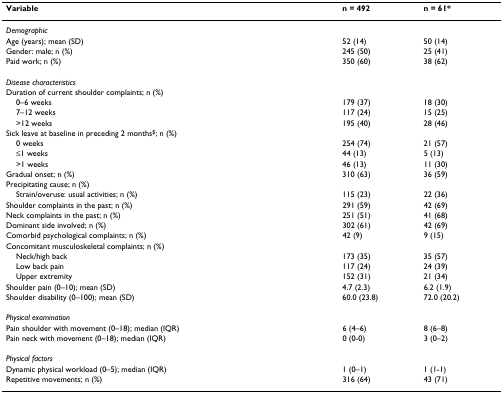
| Variable | n = 492 | n = 61* |
 | --- | --- | --- |
 | Demographic |  |  |
 | Age (years); mean (SD) | 52 (14) | 50 (14) |
 | Gender: male; n (%) | 245 (50) | 25 (41) |
 | Paid work; n (%) | 350 (60) | 38 (62) |
 | Disease characteristics |  |  |
 | Duration of current shoulder complaints; n (%) |  |  |
 | 0–6 weeks | 179 (37) | 18 (30) |
 | 7–12 weeks | 117 (24) | 15 (25) |
 | >12 weeks | 195 (40) | 28 (46) |
 | Sick leave at baseline in preceding 2 months$; n (%) |  |  |
 | 0 weeks | 254 (74) | 21 (57) |
 | ≤1 weeks | 44 (13) | 5 (13) |
 | >1 weeks | 46 (13) | 11 (30) |
 | Gradual onset; n (%) | 310 (63) | 36 (59) |
 | Precipitating cause; n (%) |  |  |
 | Strain/overuse: usual activities; n (%) | 115 (23) | 22 (36) |
 | Shoulder complaints in the past; n (%) | 291 (59) | 42 (69) |
 | Neck complaints in the past; n (%) | 251 (51) | 41 (68) |
 | Dominant side involved; n (%) | 302 (61) | 42 (69) |
 | Comorbid psychological complaints; n (%) | 42 (9) | 9 (15) |
 | Concomitant musculoskeletal complaints; n (%) |  |  |
 | Neck/high back | 173 (35) | 35 (57) |
 | Low back pain | 117 (24) | 24 (39) |
 | Upper extremity | 152 (31) | 21 (34) |
 | Shoulder pain (0–10); mean (SD) | 4.7 (2.3) | 6.2 (1.9) |
 | Shoulder disability (0–100); mean (SD) | 60.0 (23.8) | 72.0 (20.2) |
 | Physical examination |  |  |
 | Pain shoulder with movement (0–18); median (IQR) | 6 (4–6) | 8 (6–8) |
 | Pain neck with movement (0–18); median (IQR) | 0 (0-0) | 3 (0–2) |
 | Physical factors |  |  |
 | Dynamic physical workload (0–5); median (IQR) | 1 (0–1) | 1 (1-1) |
 | Repetitive movements; n (%) | 316 (64) | 43 (71) |